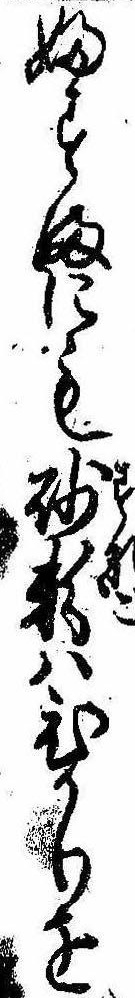
ふすまにも砂粉はひかりを